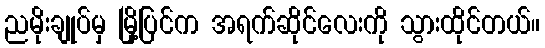
ညမိုးချုပ်မှ မြို့ပြင်က အရက်ဆိုင်လေးကို သွားထိုင်တယ်။